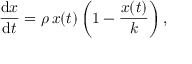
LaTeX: { \frac { \mathrm { d } x } { \mathrm { d } t } } = \rho \, x ( t ) \left( 1 - { \frac { x ( t ) } { k } } \right) ,